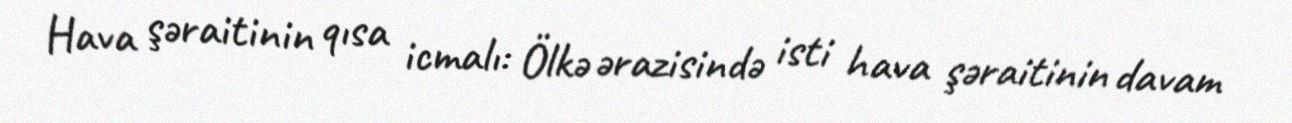
Hava şəraitinin qısa icmalı: Ölkə ərazisində isti hava şəraitinin davam